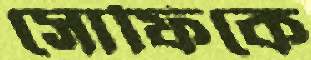
সোফিকে